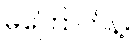
မကြောက်နဲ့။